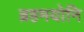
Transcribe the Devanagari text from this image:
ब्रहमयोनि